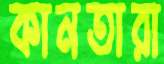
কানতারা